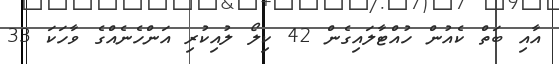
އާއި ބަތް ކެއުން ހުއްޓާލައިގެން 42 ކިލޯ ލުއިކުރި އަންހެނެއްގެ ވާހަކަ 33